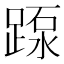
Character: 𨂽